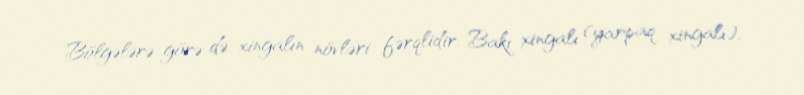
Bölgələrə görə də xingalın növləri fərqlidir: Bakı xingalı (yarpaq xingalı),